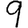
Digit: 9